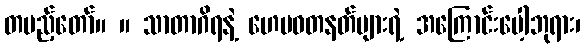
တပည့်တော်။ ။ သာတာဂိရနဲ့ ဟေမဝတနတ်များရဲ့ အကြောင်းပေါ့ဘုရား၊